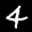
Label: 4